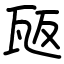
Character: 瓪